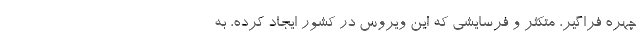
چهره فراگیر، متکثر و فرسایشی که این ویروس در کشور ایجاد کرده، به